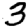
Digit: 3